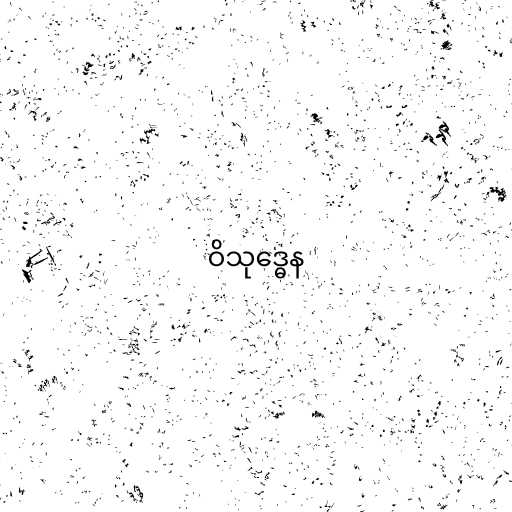
ဝိသုဒ္ဓေန